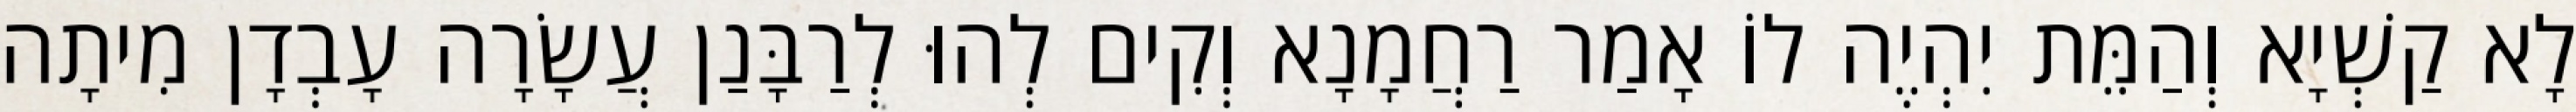
לָא קַשְׁיָא וְהַמֵּת יִהְיֶה לוֹ אָמַר רַחֲמָנָא וְקִים לְהוּ לְרַבָּנַן עֲשָׂרָה עָבְדָן מִיתָה